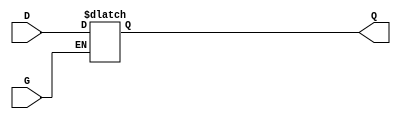
module gated_latch (
    input wire D,      // Data Input
    input wire G,      // Enable Signal
    output reg Q       // Output
);

// Always block to implement the latch behavior
always @(*) begin
    if (G) begin
        Q = D;        // When G is HIGH, output follows input D
    end else begin
        // When G is LOW, hold the last value of Q
        Q = Q;        // Retain the previous value
    end
end

endmodule